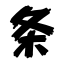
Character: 条